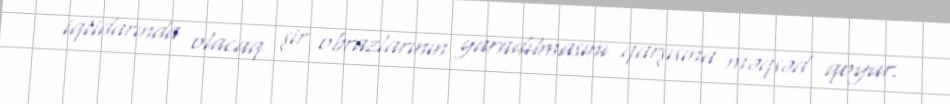
iqtidarında olacaq şir obrazlarının yaradılmasını qarşısına məqsəd qoyur.